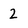
Character: 2